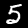
Digit: 5